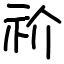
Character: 祄